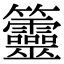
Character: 䉹